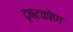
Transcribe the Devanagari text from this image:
दृष्टकोण